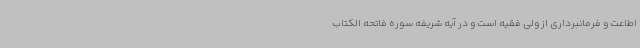
اطاعت و فرمانبرداری از ولی فقیه است و در آیه شریفه سوره فاتحه الکتاب